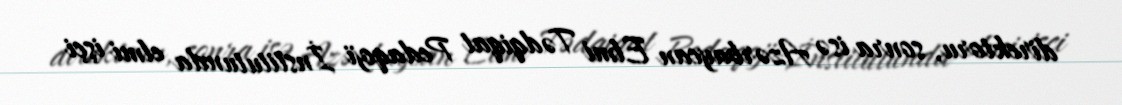
direktoru, sonra isə Azərbaycan Elmi Tədqiqat Pedaqoji İnstitutunda elmi işçi